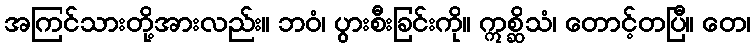
အကြင်သားတို့အားလည်း။ ဘဝံ၊ ပွားစီးခြင်းကို။ ဣစ္ဆိသံ၊ တောင့်တပြီ။ တေ၊